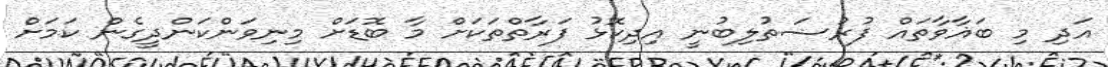
އަދި މި ބަޣާވާތައް ފުރުޟަތުލިބުނީ އިދިކޮޅު ފަރާތްތަކަށް މާ ބޮޑަށް މިނިވަންކަންދީގެން ކަމަށް